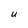
Character: U